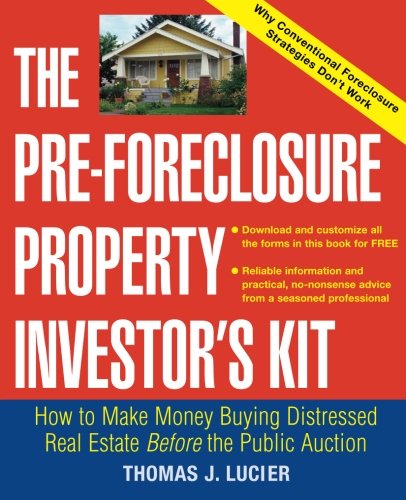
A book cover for The Pre-Foreclosure Property Investor's Kit: How to Make Money Buying Distressed Real Estate -- Before the Public Auction; Thomas Lucier; Business & Money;